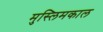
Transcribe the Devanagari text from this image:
मुस्लिमकाल